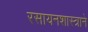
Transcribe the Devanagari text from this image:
रसायनशास्त्राने